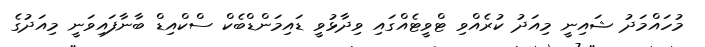
މުހައްމަދު ޝައިނީ މިއަދު ކުރެއްވި ޓްވީޓެއްގައި ވިދާޅުވީ ޑައިމަންޑްބެކް ސްކްއިޑް ބާނާފައިވަނީ މިއަދުގެ